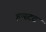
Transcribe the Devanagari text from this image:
इन्स्टट